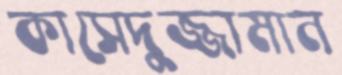
কাসেদুজ্জামান